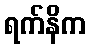
ရက်နိက